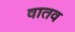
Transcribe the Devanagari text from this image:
वातव